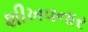
શીખવનાર